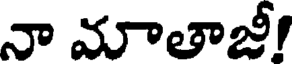
నా మాతాజీ!